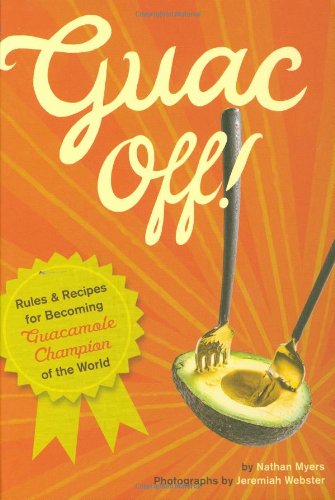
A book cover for Guac Off!; Nathan Myers; Cookbooks, Food & Wine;